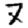
Digit: 7